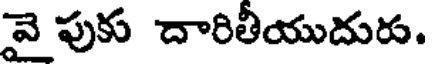
వై పుకు దారితీయుదురు.